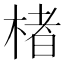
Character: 楮